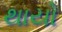
થાયો